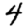
Digit: 4